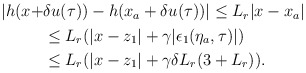
\begin{align*}\begin{aligned}|h(x+&\delta u(\tau)) - h(x_a+\delta u(\tau))| \le L_r |x-x_a| \\&\le L_r(|x-z_1|+\gamma |\epsilon_1(\eta_a,\tau)|) \\&\le L_r(|x-z_1|+\gamma \delta L_r ( 3 + L_r)).\end{aligned}\end{align*}